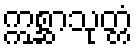
ဣစ္ဆာသုတ္တံ